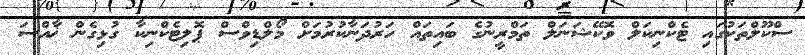
ސްކޫލްތަކުގައި ޓެކްނިކަލް ވޮކޭޝަނަލް ތަމްރީނުގެ ބައިތައް ހަރުދަނާކުރުމަށް މޯލްޑިވްސް ޕޮލިޓެކްނިކާ ގުޅިގެން ޚާއްސަ